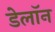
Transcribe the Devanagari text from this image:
डेलॉन